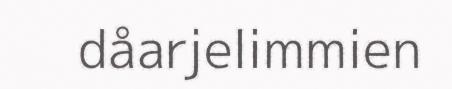
dåarjelimmien